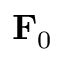
{ \bf F } _ { 0 }